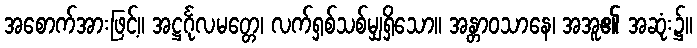
အစောက်အားဖြင့်။ အဋ္ဌင်္ဂုလမတ္တေ၊ လက်ရှစ်သစ်မျှရှိသော။ အန္တာဝသာနေ၊ အအူ၏ အဆုံး၌။